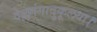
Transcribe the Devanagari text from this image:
वेल्लगंगादुकूलया।